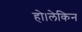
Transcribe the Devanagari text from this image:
हो।लेकिन